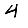
Digit: 4